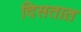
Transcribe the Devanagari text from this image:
दिसतात़